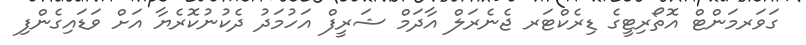
ގަވަރމަންޓް އޮތޯރިޓީގެ ޑިރެކްޓަރ ޖެނެރަލް އާދަމް ޝަރީފް އަހުމަދު ދެކުނުކޮރެޔާ އަށް ވަޑައިގެންފި